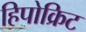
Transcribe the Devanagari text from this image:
हिपोक्रिट